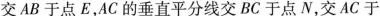
交AB 于点E，AC的垂直平分线交BC 于点N，交 AC 于